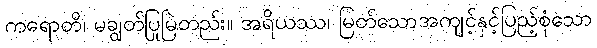
ကရောတိ၊ မချွတ်ပြုမြဲတည်း။ အရိယဿ၊ မြတ်သောအကျင့်နှင့်ပြည့်စုံသော